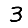
Digit: 3